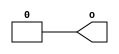
  module performance_Gnd_w1 ( 
o);
output  o;

assign o = 1'b0;
endmodule